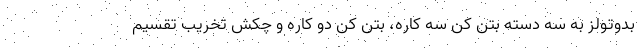
بدوتولز به سه دسته بتن کن سه کاره، بتن کن دو کاره و چکش تخریب تقسیم